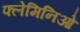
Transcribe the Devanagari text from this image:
फ्लेमिनिओ